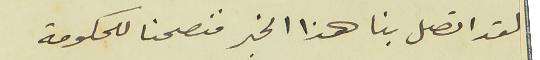
لقد اتصل بنا هذا الخبر فنصحنا للحكومة